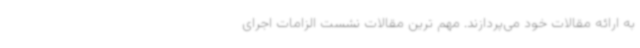
به ارائه مقالات خود می‌پردازند. مهم ترین مقالات نشست الزامات اجرای